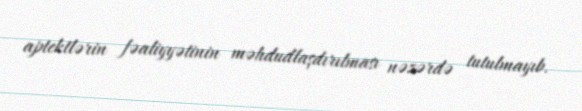
aptektlərin fəaliyyətinin məhdudlaşdırılması nəzərdə tutulmayıb.